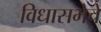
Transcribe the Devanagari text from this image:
विधासभेचे